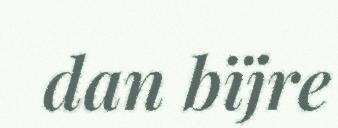
dan bïjre